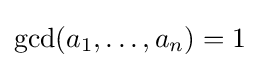
\gcd(a_{1},\ldots ,a_{n})=1